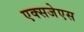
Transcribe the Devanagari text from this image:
एक्सजेएस